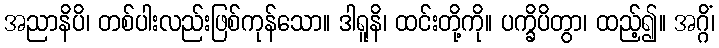
အညာနိပိ၊ တစ်ပါးလည်းဖြစ်ကုန်သော။ ဒါရူနိ၊ ထင်းတို့ကို။ ပက္ခိပိတွာ၊ ထည့်၍။ အဂ္ဂိံ၊